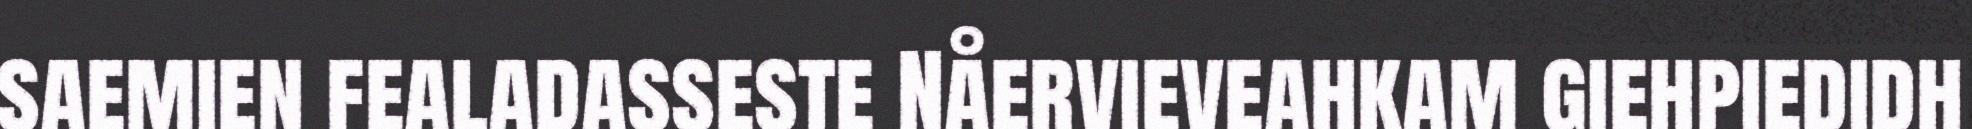
saemien fealadasseste Nåervieveahkam giehpiedidh